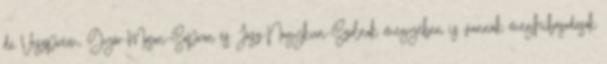
de Veszprém, Győr-Moson-Sopron és Jász-Nagykun-Szolnok megyében is vannak meghibásodások